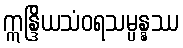
ဣန္ဒြိယသံဝရသမ္ပန္နဿ